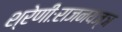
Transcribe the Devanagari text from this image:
श्रेणीःराजनयज्ञ